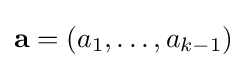
\mathbf {a} =(a_{1},\ldots ,a_{k-1})